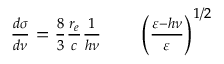
\begin{array} { r l r } { \frac { d \sigma } { d \nu } = \frac { 8 } { 3 } \frac { r _ { e } } { c } \frac { 1 } { h \nu } } & { { } } & { \left( \frac { \varepsilon - h \nu } { \varepsilon } \right) ^ { 1 / 2 } } \end{array}